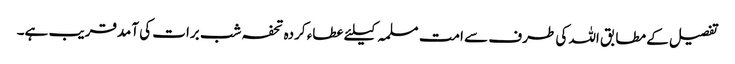
تفصیل کے مطابق اللہ کی طرف سے امت مسلمہ کیلئے عطاء کردہ تحفہ شب برات کی آمدقریب ہے۔